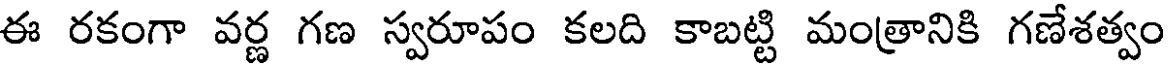
ఈ రకంగా వర్ణ గణ స్వరూపం కలది కాబట్టి మంత్రానికి గణేశత్వం